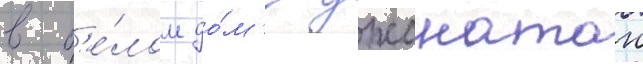
в б'е́лом до́м'е джонатан